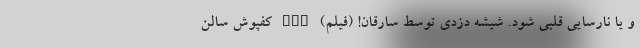
و یا نارسایی قلبی شود. شیشه دزدی توسط سارقان! (فیلم) nan کفپوش سالن